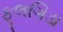
ફૂલગિડા